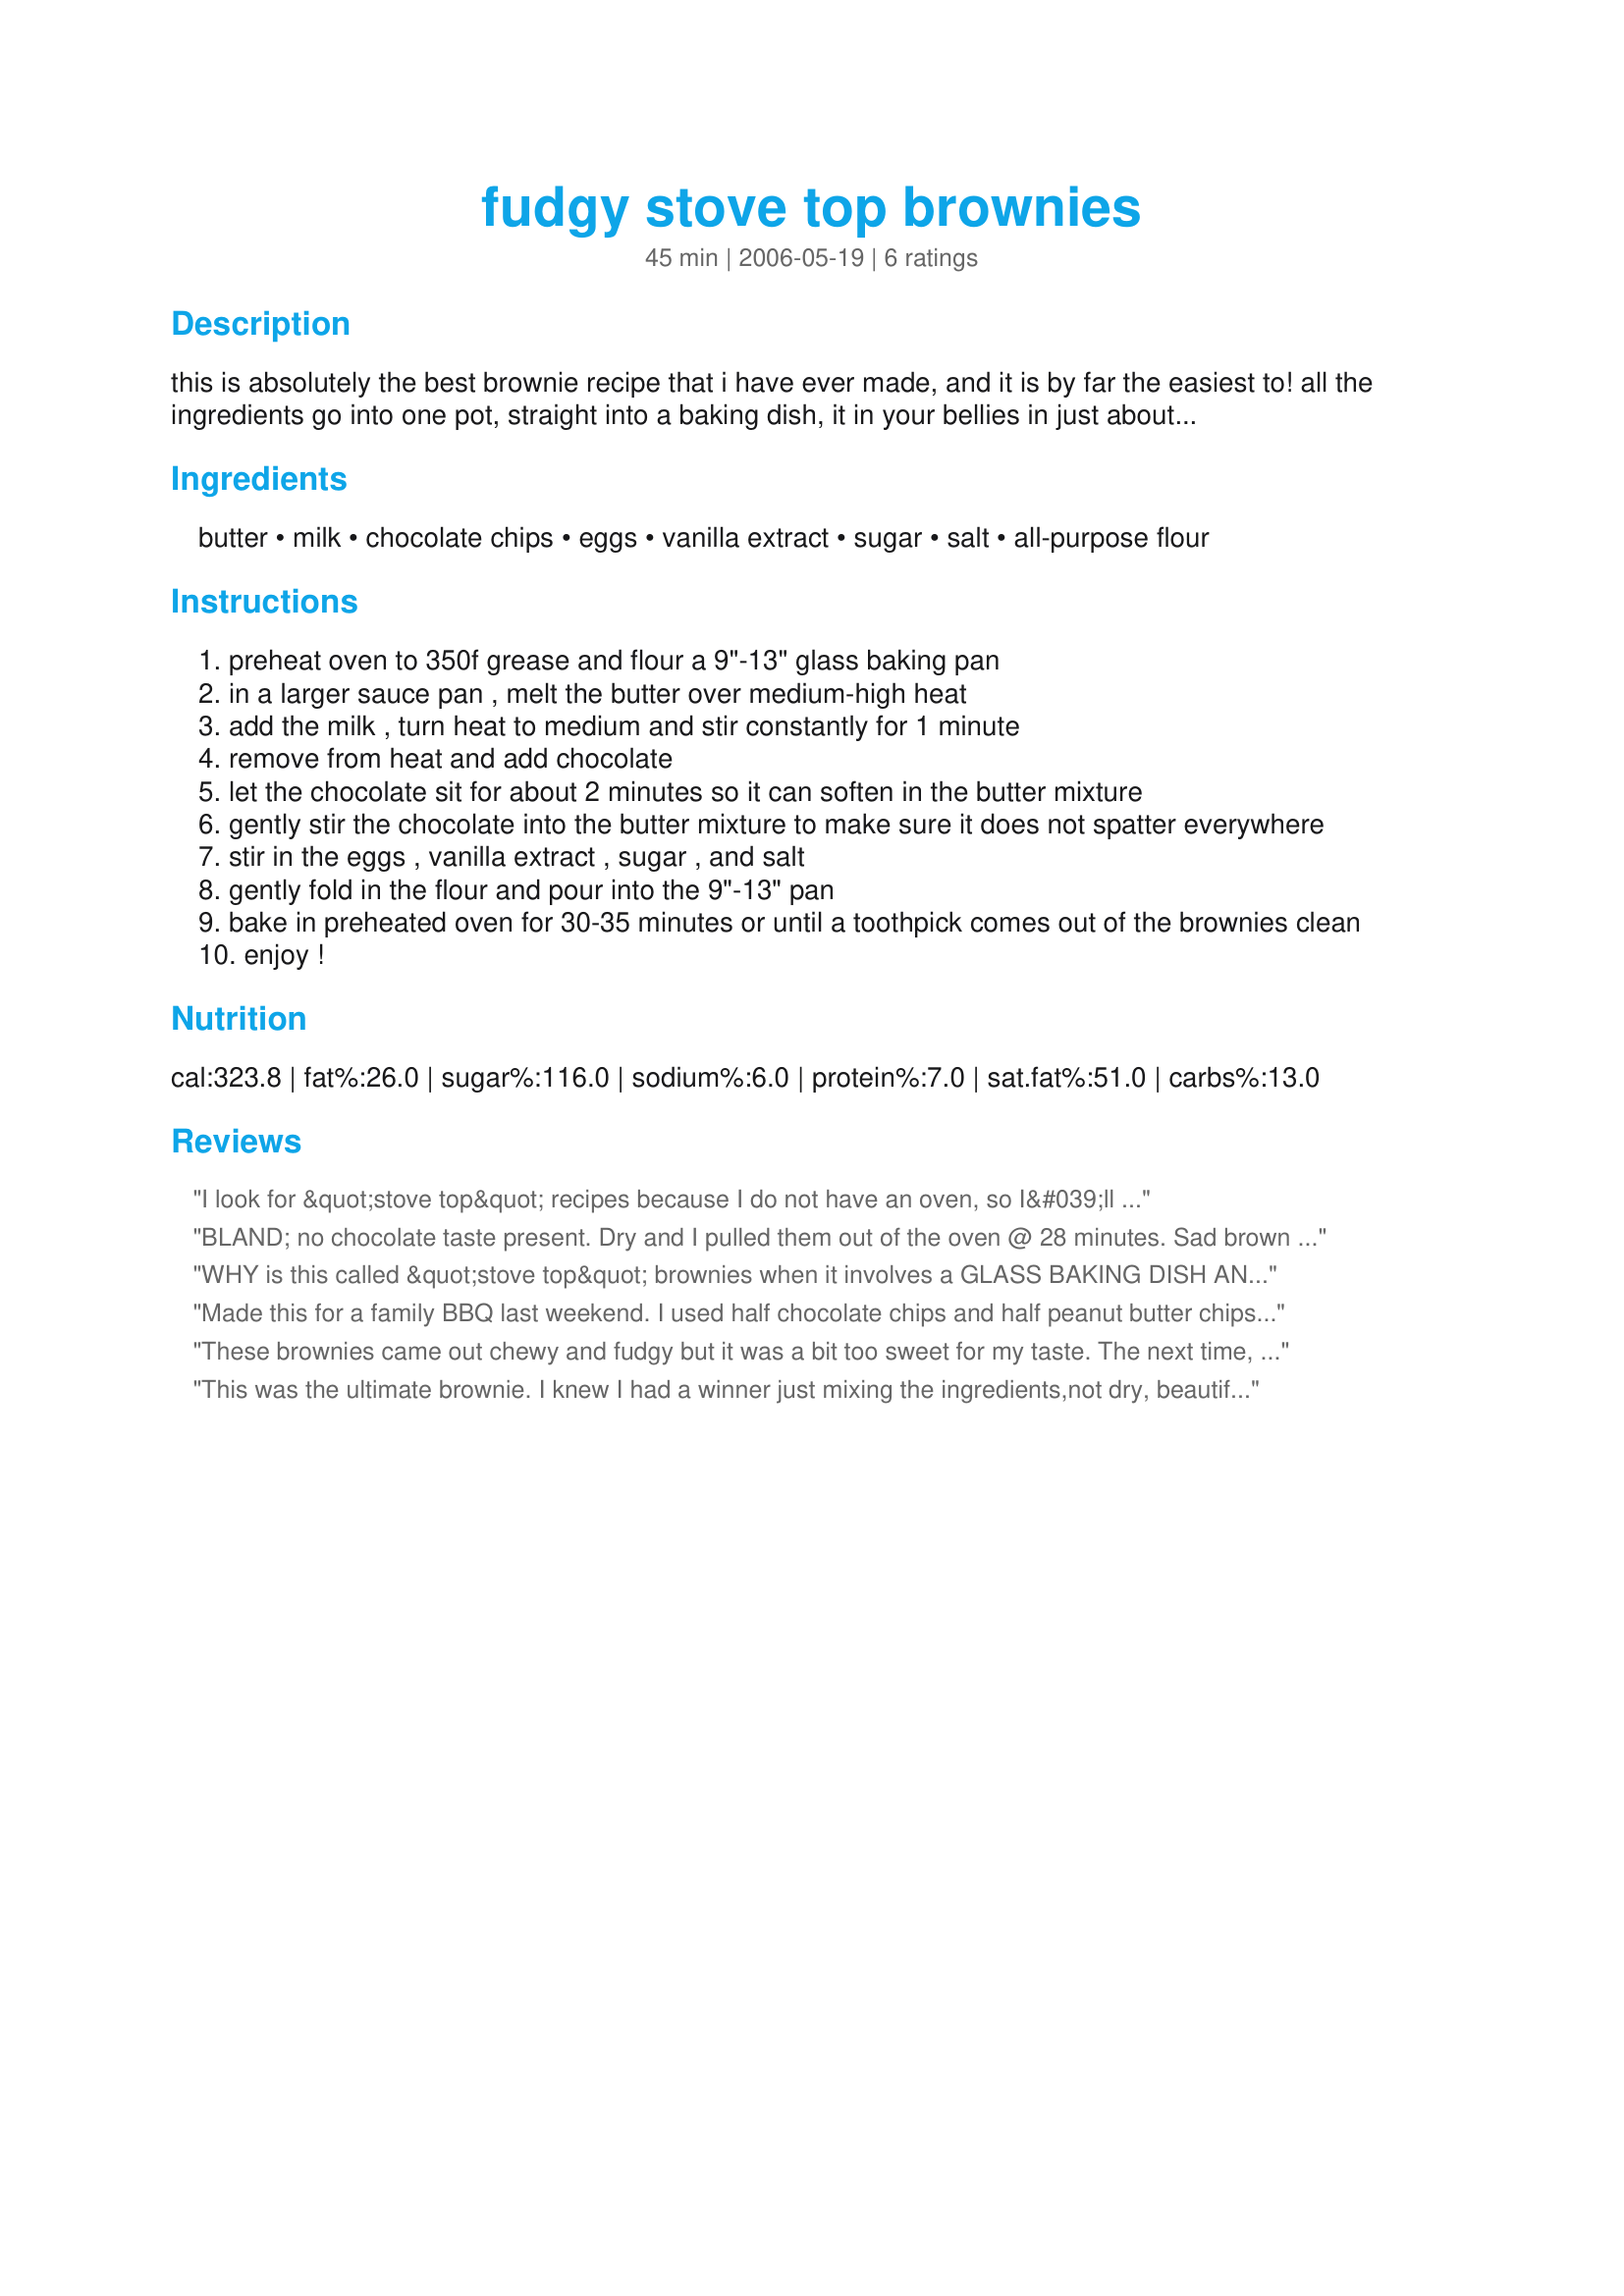
fudgy stove top brownies
Preparation time: 45 minutes

this is absolutely the best brownie recipe that i have ever made, and it is by far the easiest to! all the ingredients go into one pot, straight into a baking dish, it in your bellies in just about 45 minutes. how much easier can it get?

Ingredients:
butter, milk, chocolate chips, eggs, vanilla extract, sugar, salt, all-purpose flour

Steps:
preheat oven to 350f grease and flour a 9"-13" glass baking pan
in a larger sauce pan , melt the butter over medium-high heat
add the milk , turn heat to medium and stir constantly for 1 minute
remove from heat and add chocolate
let the chocolate sit for about 2 minutes so it can soften in the butter mixture
gently stir the chocolate into the butter mixture to make sure it does not spatter everywhere
stir in the eggs , vanilla extract , sugar , and salt
gently fold in the flour and pour into the 9"-13" pan
bake in preheated oven for 30-35 minutes or until a toothpick comes out of the brownies clean
enjoy !

Reviews:
I look for &quot;stove top&quot; recipes because I do not have an oven, so I&#039;ll go right ahead an preheat my non-existent oven for this &quot;&quot;&quot;stove top&quot;&quot;&quot; brownies :P
BLAND; no chocolate taste present. Dry and I pulled them out of the oven @ 28 minutes. Sad brown color; not rich and dark like brownies should be. Needs something other than chocolate chips to build the chocolate flavor. DON'T waste your time or ingredients.
WHY is this called &quot;stove top&quot; brownies when it involves a GLASS BAKING DISH AND AN OVEN?? I&#039;m currently staying at a place that lacks an oven and was specifically looking for whether it&#039;s possible to bake STOVE TOP desserts. AS IF I DON&#039;T know HOW to make regular baked brownies! My recipe is better, I can tell just by looking at it, it&#039;s less sweet. Put me down for feeling angry and decieved :O
Made this for a family BBQ last weekend. I used half chocolate chips and half peanut butter chips. Everyone loved it! Even my bf who hates desserts ate 2 pieces!!
These brownies came out chewy and fudgy but it was a bit too sweet for my taste. The next time, I will reduce the sugar.
This was the ultimate brownie. I knew I had a winner just mixing the ingredients,not dry, beautifully dark, and not overally wet.This was Oh soo... fudgey with a light sheen of a top crust. I buy chocolate chips in bulk so I used my kitchen scale to measure the chips to make sure everything was 'perfect'. I did add chopped walnuts since my family loves nuts in their brownies.
